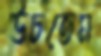
উচতেম